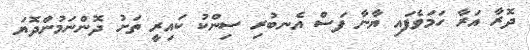
ދޮރާ އަރާ ހަމަވެފައި ޔާނާ ފަސް އެނބުރި ސިންކު ކައިރީ ތަށު ދޮންނަމުންދޮޔަ